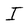
Character: I